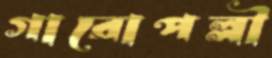
গারোপল্লী